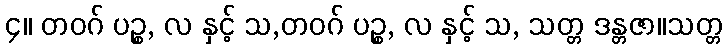
၄။ တဝဂ် ပဉ္စ, လ နှင့် သ,တဝဂ် ပဉ္စ, လ နှင့် သ, သတ္တ ဒန္တဇာ။သတ္တ